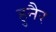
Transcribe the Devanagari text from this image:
हुनैर